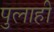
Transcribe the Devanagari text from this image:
पुलाही